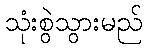
သုံးစွဲသွားမည်